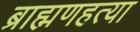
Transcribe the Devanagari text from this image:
ब्राह्मणहत्या